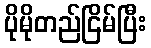
ပိုမိုတည်ငြိမ်ပြီး